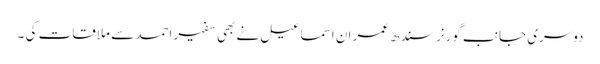
دوسری جانب گورنر سندھ عمران اسماعیل نے بھی سفیر احمد سے ملاقات کی ۔